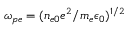
\omega _ { p e } = ( n _ { e 0 } e ^ { 2 } / m _ { e } \epsilon _ { 0 } ) ^ { 1 / 2 }